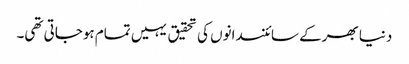
دنیا بھرکے سائنسدانوں کی تحقیق یہیں تمام ہوجاتی تھی۔